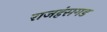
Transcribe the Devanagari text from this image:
राजहंसगड